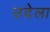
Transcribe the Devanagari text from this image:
उदेला